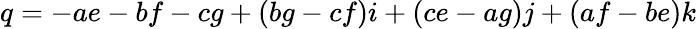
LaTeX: q=-ae-bf-cg+(bg-cf)i+(ce-ag)j+(af-be)k